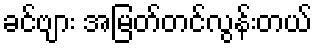
ခင်ဗျား အမြတ်တင်လွန်းတယ်